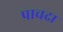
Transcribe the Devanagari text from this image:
पाचदा